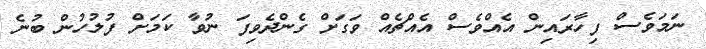
ނަމަވެސް ފިހާރައިން އެއްވެސް އެއްޗެއް ވަގަށް ގެންދެވިފަ ނުވާ ކަމަށް ފުލުހުން ބުނެ